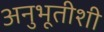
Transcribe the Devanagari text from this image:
अनुभूतीशी